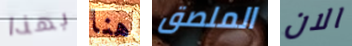
بهذا هنا الملصق الان